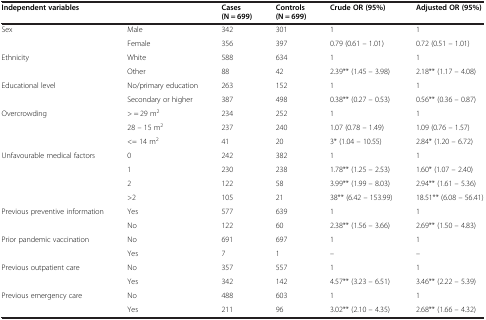
<table><thead><tr><td colspan="2"><b>Independent variables</b></td><td><b>Cases(N = 699)</b></td><td><b>Controls (N = 699)</b></td><td><b>Crude OR (95%)</b></td><td><b>Adjusted OR (95%)</b></td></tr></thead><tbody><tr><td rowspan="2">Sex</td><td>Male</td><td>342</td><td>301</td><td>1</td><td>1</td></tr><tr><td>Female</td><td>356</td><td>397</td><td>0.79 (0.61 – 1.01)</td><td>0.72 (0.51 – 1.01)</td></tr><tr><td rowspan="2">Ethnicity</td><td>White</td><td>588</td><td>634</td><td>1</td><td>1</td></tr><tr><td>Other</td><td>88</td><td>42</td><td>2.39** (1.45 – 3.98)</td><td>2.18** (1.17 – 4.08)</td></tr><tr><td rowspan="2">Educational level</td><td>No/primary education</td><td>263</td><td>152</td><td>1</td><td>1</td></tr><tr><td>Secondary or higher</td><td>387</td><td>498</td><td>0.38** (0.27 – 0.53)</td><td>0.56** (0.36 – 0.87)</td></tr><tr><td rowspan="3">Overcrowding</td><td>&gt; = 29 m<sup>2</sup></td><td>234</td><td>252</td><td>1</td><td>1</td></tr><tr><td>28 – 15 m<sup>2</sup></td><td>237</td><td>240</td><td>1.07 (0.78 – 1.49)</td><td>1.09 (0.76 – 1.57)</td></tr><tr><td>&lt;= 14 m<sup>2</sup></td><td>41</td><td>20</td><td>3* (1.04 – 10.55)</td><td>2.84* (1.20 – 6.72)</td></tr><tr><td rowspan="4">Unfavourable medical factors</td><td>0</td><td>242</td><td>382</td><td>1</td><td>1</td></tr><tr><td>1</td><td>230</td><td>238</td><td>1.78** (1.25 – 2.53)</td><td>1.60* (1.07 – 2.40)</td></tr><tr><td>2</td><td>122</td><td>58</td><td>3.99** (1.99 – 8.03)</td><td>2.94** (1.61 – 5.36)</td></tr><tr><td>&gt;2</td><td>105</td><td>21</td><td>38** (6.42 – 153.99)</td><td>18.51** (6.08 – 56.41)</td></tr><tr><td rowspan="2">Previous preventive information</td><td>Yes</td><td>577</td><td>639</td><td>1</td><td>1</td></tr><tr><td>No</td><td>122</td><td>60</td><td>2.38** (1.56 – 3.66)</td><td>2.69** (1.50 – 4.83)</td></tr><tr><td rowspan="2">Prior pandemic vaccination</td><td>No</td><td>691</td><td>697</td><td>1</td><td>1</td></tr><tr><td>Yes</td><td>7</td><td>1</td><td>–</td><td>–</td></tr><tr><td rowspan="2">Previous outpatient care</td><td>No</td><td>357</td><td>557</td><td>1</td><td>1</td></tr><tr><td>Yes</td><td>342</td><td>142</td><td>4.57** (3.23 – 6.51)</td><td>3.46** (2.22 – 5.39)</td></tr><tr><td>Previous emergency care</td><td>No</td><td>488</td><td>603</td><td>1</td><td>1</td></tr><tr><td> </td><td>Yes</td><td>211</td><td>96</td><td>3.02** (2.10 – 4.35)</td><td>2.68** (1.66 – 4.32)</td></tr></tbody></table>